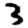
Digit: 3